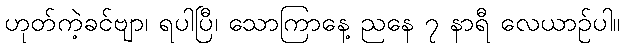
ဟုတ်ကဲ့ခင်ဗျာ၊ ရပါပြီ၊ သောကြာနေ့ ညနေ ၇ နာရီ လေယာဉ်ပါ။